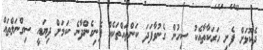
ދެކޮޅަށް ފެށި ހަރަކާތާއެކު ސިހުން ގެނުވާފަދަ ކަންތައްތަކެއް ފެނިގެންދާނެ ކަމަށް ދިޔައީ ސިގްނަލްތައް